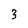
Character: 3